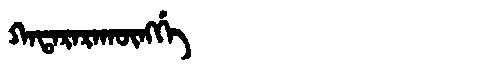
Manchu: ᡴᠠᡨᠠᡵᠠᡵᠠᡴᡡᠩᡤᡝ
Romanization: KATARARAKŪNGGE